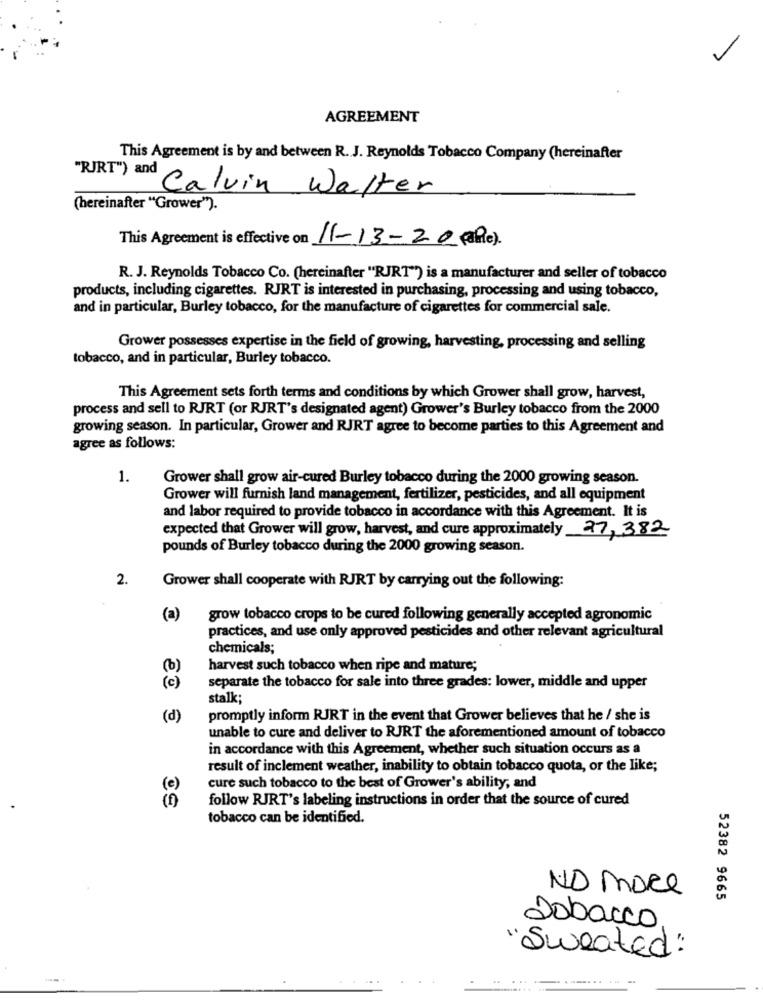
AGREEMENT
This Agreement is by and between R. J. Reynolds Tobacco Company (hereinafter
"RJRT") and
Calvin Walter
(hereinafter "Grower").
This Agreement is effective on
11-13-20 (le).
R. J. Reynolds Tobacco Co. (hereinafter "RJRT") is a manufacturer and seller of tobacco
products, including cigarettes. RJRT is interested in purchasing, processing and using tobacco,
and in particular, Burley tobacco, for the manufacture of cigarettes for commercial sale.
Grower possesses expertise in the field of growing, harvesting, processing and selling
tobacco, and in particular, Burley tobacco.
This Agreement sets forth terms and conditions by which Grower shall grow, harvest,
process and sell to RJRT (or RJRT's designated agent) Grower's Burley tobacco from the 2000
growing season. In particular, Grower and RJRT agree to become parties to this Agreement and
agree as follows:
1.
Grower shall grow air-cured Burley tobacco during the 2000 growing season.
Grower will furnish land management, fertilizer, pesticides, and all equipment
and labor required to provide tobacco in accordance with this Agreement. It is
expected that Grower will grow, harvest, and cure approximately 27,382
pounds of Burley tobacco during the 2000 growing season.
2.
Grower shall cooperate with RJRT by carrying out the following:
(a)
grow tobacco crops to be cured following generally accepted agronomic
practices, and use only approved pesticides and other relevant agricultural
chemicals;
(b)
harvest such tobacco when ripe and mature;
(c)
separate the tobacco for sale into three grades: lower, middle and upper
stalk;
(d)
promptly inform RJRT in the event that Grower believes that he / she is
unable to cure and deliver to RJRT the aforementioned amount of tobacco
in accordance with this Agreement, whether such situation occurs as a
result of inclement weather, inability to obtain tobacco quota, or the like;
(e)
cure such tobacco to the best of Grower's ability, and
follow RJRT's labeling instructions in order that the source of cured
tobacco can be identified.
NO More
52382 9665
Tobacco
"Sweated "